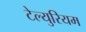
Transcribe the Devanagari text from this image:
टेल्युरियम